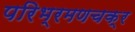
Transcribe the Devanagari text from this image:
परिभ्रमणचक्र